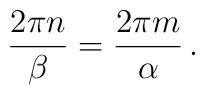
\frac{2\pi n}{\beta }=\frac{2\pi m}{\alpha }\,.